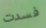
فسدت